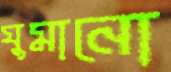
ঘুমানো